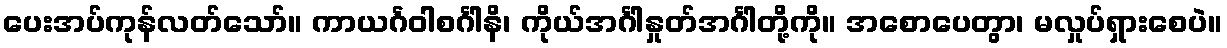
ပေးအပ်ကုန်လတ်သော်။ ကာယင်္ဂဝါစင်္ဂါနိ၊ ကိုယ်အင်္ဂါနှုတ်အင်္ဂါတို့ကို။ အစောပေတွာ၊ မလှုပ်ရှားစေပဲ။